Report on vaccination in the Province of Bengal - 1869-1873
Year: 1869
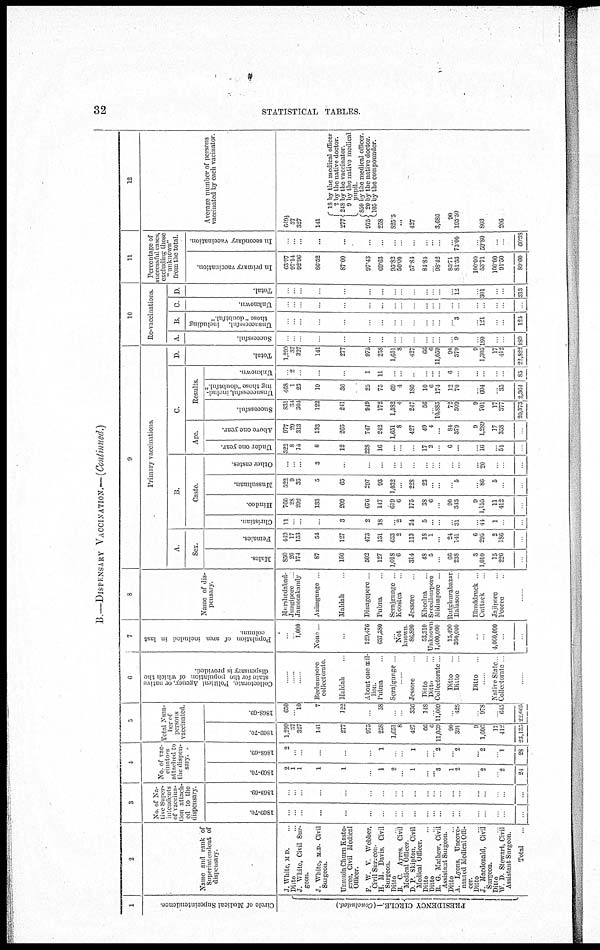
32
STATISTICAL TABLES.
B.—DISPENSARY VACCINATION.—(Continued.)
1
Circle of Medical Superintendence.
PRESIDENCY CIRCLE.-(Concluded)
2
Name and rank of
Superintendent of
dispensary
J. White, M D. ...
Ditto ...
J. White, Civil Sur-
geon.
J. White, M.D. Civil
Surgeon.
Unnuda Chum Kasto-
gree, Civil Medical
Officer.
F. W. V. Webber,
Civil Surgeon.
H. M. Davis, Civil
Surgeon.
Ditto ...
B. C. Ayres, Civil
Medical Officer.
D. P. Skipton, Civil
Medical Officer.
Ditto ...
Ditto ...
R. G. Mathew, Civil
Assistant Surgeon.
Ditto ...
A. Lyons, Uncove-
nanted Medical Offi-
cer.
Ditto ...
J. Macdonald, Civil
Surgeon.
Ditto ...
W. D. Stewart, Civil
Assistant Surgeon.
Total ...
3
No of Na-
tive Super-
intendents
of vaccina-
tion attach-
ed to the
dispensary.
1869-70.
...
...
...
...
...
...
...
...
...
..
...
...
...
...
...
...
...
...
...
...
1868-69
...
...
...
...
...
...
...
...
...
...
...
...
...
...
...
...
...
...
...
...
4
No of vac-
cinators
attached to
the dispen-
sary.
1869-70.
2
1
1
1
1
...
1
2
...
1
...
... 3
1
2
... 2
... 2
24
1868-69
2
...
...
...
...
...
1
...
...
1
...
... 2
... 2
... 2
... 1
28
5
Total Num-
ber of
persons
vaccinated.
1869-70
1,299
37
327
141
277
973
258
1,651
8
427
66
6
11,059
90
391
9
1,606
17
412
23,135
1868-69
650
... 10
7
122
...
58
...
...
336
148
... 11,009
... 428
... 978
... 645
22,665
6
Collectorate, Political Agency, or native
state for the population of which the
dispensary is, provided.
......
......
......
Berhampore
collectorate.
Maldah ...
About one mil-
lion.
Pubna ...
Serajgunge ...
......
Jessore ...
Ditto ...
Ditto ...
Collectorate ...
Ditto ...
Ditto ...
Ditto ...
......
Native State ...
Collectorate ...
......
7
Population of area included in last
column.
...
... 1,000
None ...
...
129,476
637,380
Not
known
86,890
53,310
Unknown
1,400,000
15,490
380,000
...
...
4,000,000
...
...
8
Name of dis-
pensary.
Murshedabad.
Jungipore ...
Jamooakandy
Azimgunge ...
Maldah ...
Dinagepore ...
Pubna ...
Serajgunge ...
Koostea ...
Jessore ...
Khoolna ...
Sreedhurpore
Midnapore ...
Rutghurabazar
Balasore ...
Bhuddruck ...
Cuttack ...
Jajipore ...
Pooree ...
......
9
Primary vaccinations.
A.
Sex.
Males
850
20
174
87
150
502
127
1,018
6
314
48
5
...
66
238
3
1,010
15
226
...
Females
419
17
153
54
127
473
131
633
2
113
18
1
...
24
141
6
295
2
186
...
B.
Caste.
Christian.
11
...
...
...
3
2
18
2
24
5
...
...
... 31
... 44
1
...
...
Hindoo.
766
28
292
133
209
676
147
619
6
175
38
6
...
90
343
9
1,155
11
412
...
Mussulman.
522
9
35
5
65
297
93
1,032
...
228
23
...
...
... 5
... 86
5
...
...
Other castes.
...
...
...
3
...
...
...
...
...
...
...
...
...
...
...
... 20
...
...
...
C
Age.
Under one year.
322
8
14
8
12
228
16
...
...
...
17
2
...
6
...
... 16
... 54
...
Above one year.
977
29
313
133
265
747
242
1,651
8
427
49
4
...
84
379
9
1,289
17
358
...
Results.
Successful.
831
34
304
122
241
949
172
1,582
4
247
56
... 10,885
72
309
9
701
17
377
20,373
Unsuccessful, includ-
ing those "doubtful"
468
1
23
19
36
25
75
69
4
180
10
6
174
12
70
... 604
... 35
2,364
Unknown
...
2
...
...
...
1
11
...
...
...
...
...
...
6
...
...
...
...
...
85
D
Total.
1,299
37
327
141
277
975
258
1,651
8
427
66
6
11,059
90
379
9
1,305
17
412
22,822
10
Re-vaccinations.
A.
Successful.
...
...
...
...
...
...
...
...
...
...
...
...
...
... 9
... 180
...
...
189
B.
Unsuccessful, including
those "doubtful."
...
...
...
...
...
...
...
...
...
...
...
...
...
... 3
... 121
...
...
124
C
Unknown.
...
...
...
...
...
...
...
...
...
...
...
...
...
...
...
...
...
...
...
...
D.
Total.
...
...
...
...
...
...
...
...
...
...
...
...
...
... 12
... 301
...
...
313
11
Percentage of
successful cases,
excluding those
"unknown"
from the total.
In primary vaccination.
63.97
97.14
92.96
86.52
87.00
97.43
69.63
95.82
50.00
57.84
84.84
98.42
85.71
81.53
100.00
53.71
100.00
91.50
89.60
In secondary vaccination
...
...
...
...
...
...
...
...
...
...
...
...
...
... 75.00
... 59.80
...
...
60.38
12
Average number of persons
vaccinated by each vaccinator
649½
37
327
141
277
975
18 by the medical officer
2 by the native doctor.
248 by the vaccinator.
9 by the native medical
pupil.
850 by the medical officer
20 by the native doctor.
105 by the compounder.
258
825.5
...
427
3,686
90
195.50
803
206